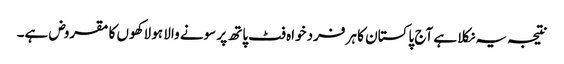
نتیجہ یہ نکلا ہے آج پاکستان کا ہر فرد خواہ فٹ پاتھ پر سونے والا ہو لاکھوں کا مقروض ہے۔